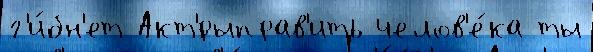
г'и́бн'ет Акт'́рыправ'ить челов'е́ка ты